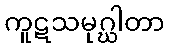
ကူဋသမုဂ္ဃါတာ